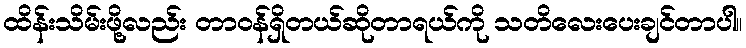
ထိန်းသိမ်းဖို့လည်း တာဝန်ရှိတယ်ဆိုတာရယ်ကို သတိလေးပေးချင်တာပါ။